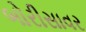
બોરીસાવર